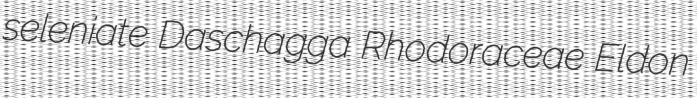
seleniate Daschagga Rhodoraceae Eldon